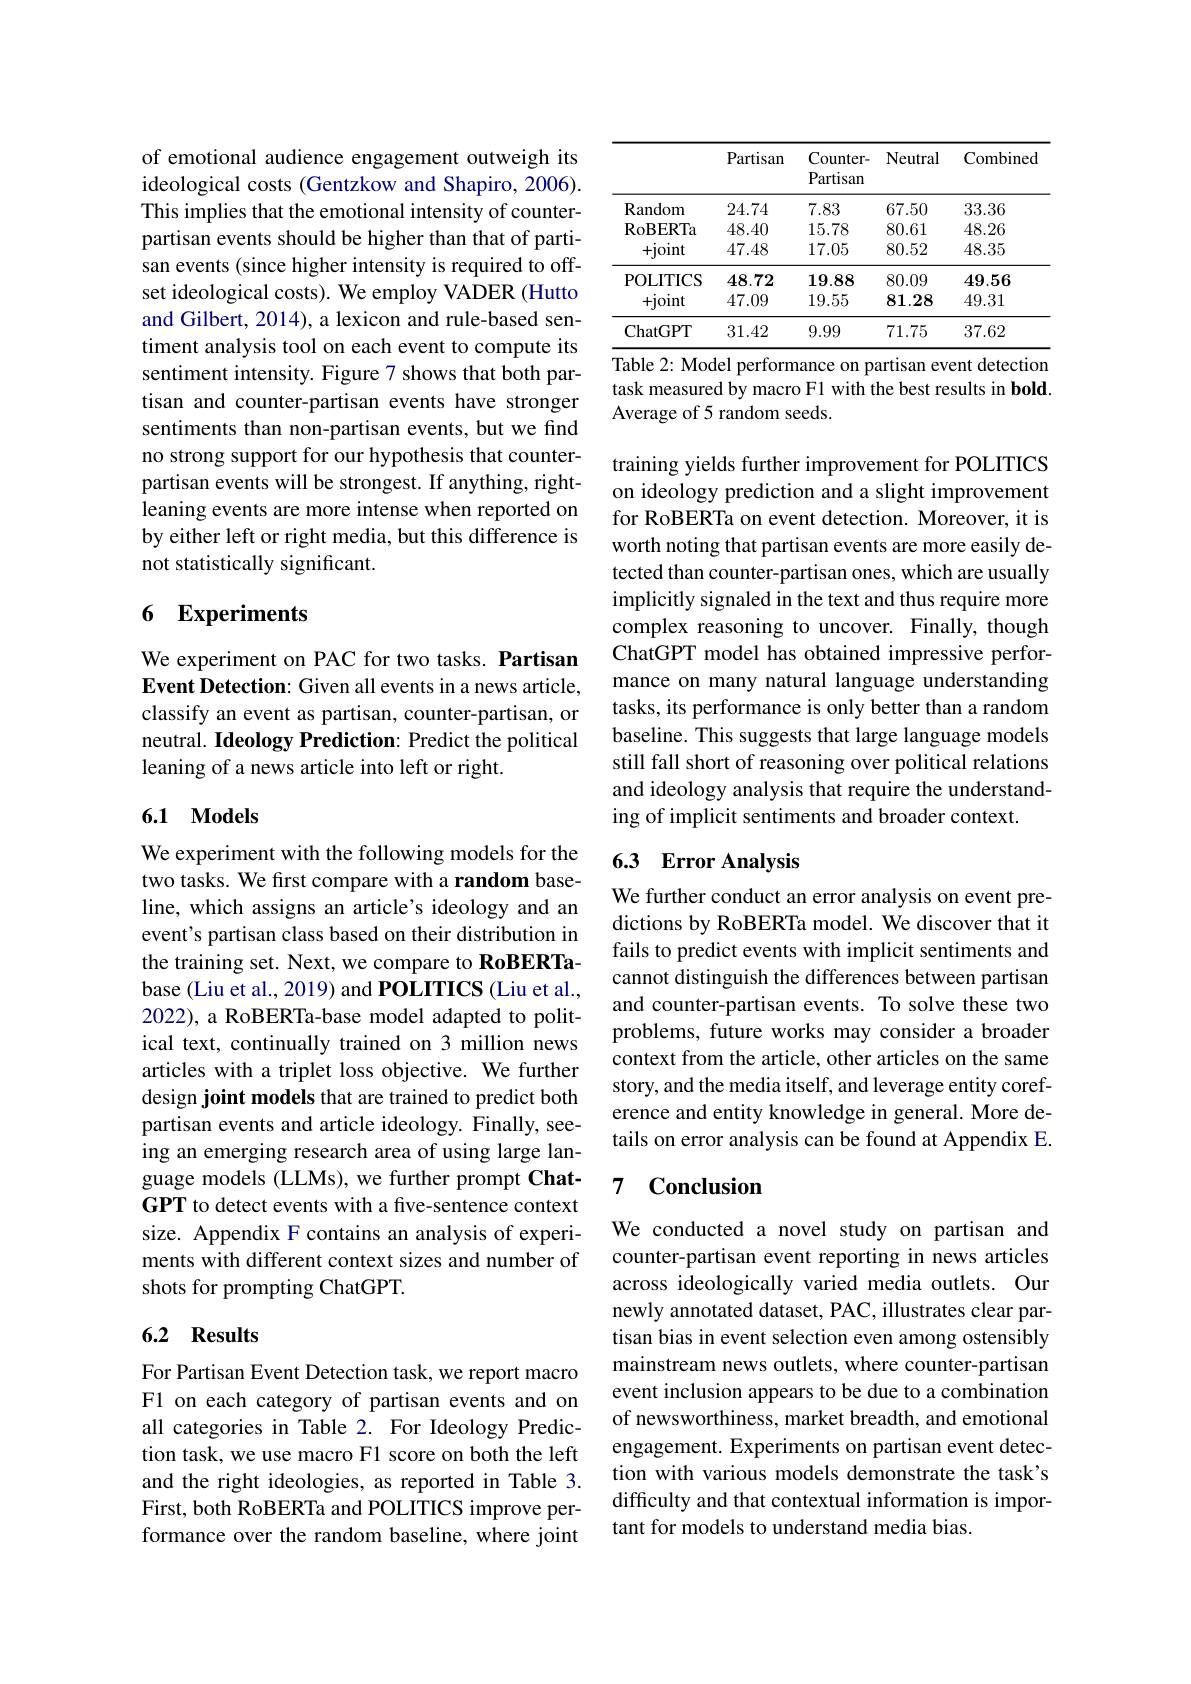
of emotional audience engagement outweigh its ideological costs (Gentzkow and Shapiro, 2006). This implies that the emotional intensity of counterpartisan events should be higher than that of partisan events (since higher intensity is required to offset ideological costs). We employ VADER (Hutto and Gilbert, 2014), a lexicon and rule-based sentiment analysis tool on each event to compute its sentiment intensity. Figure 7 shows that both partisan and counter-partisan events have stronger sentiments than non-partisan events, but we find no strong support for our hypothesis that counterpartisan events will be strongest. If anything, rightleaning events are more intense when reported on by either left or right media, but this difference is not statistically significant.

## 6 Experiments

We experiment on PAC for two tasks. Partisan Event Detection: Given all events in a news article, classify an event as partisan, counter-partisan, or neutral. Ideology Prediction: Predict the political leaning of a news article into left or right.

## 6.1 Models

We experiment with the following models for the two tasks. We first compare with a random baseline, which assigns an article's ideology and an event's partisan class based on their distribution in the training set. Next, we compare to RoBERTabase (Liu et al., 2019) and POLITICS (Liu et al., 2022), a RoBERTa-base model adapted to political text, continually trained on 3 million news articles with a triplet loss objective. We further design joint models that are trained to predict both partisan events and article ideology. Finally, seeing an emerging research area of using large language models (LLMs), we further prompt ChatGPT to detect events with a five-sentence context size. Appendix F contains an analysis of experiments with different context sizes and number of shots for prompting ChatGPT.

## 6.2 Results

For Partisan Event Detection task, we report macro F1 on each category of partisan events and on all categories in Table 2. For Ideology Prediction task, we use macro F1 score on both the left and the right ideologies, as reported in Table 3. First, both RoBERTa and POLITICS improve performance over the random baseline, where joint

<table>
	<tbody>
		<tr>
			<th> </th>
			<th>Partisan</th>
			<th>Counter- Partisan</th>
			<th>Neutral</th>
			<th>Combined</th>
		</tr>
		<tr>
			<td>Random</td>
			<td>24.74</td>
			<td>7.83</td>
			<td>67.50</td>
			<td>33.36</td>
		</tr>
		<tr>
			<td>RoBERTa</td>
			<td>48.40</td>
			<td>15.78</td>
			<td>80.61</td>
			<td>48.26</td>
		</tr>
		<tr>
			<td>+joint</td>
			<td>47.48</td>
			<td>17.05</td>
			<td>80.52</td>
			<td>48.35</td>
		</tr>
		<tr>
			<td>ChatGPT</td>
			<td>31.42</td>
			<td>9.99</td>
			<td>71.75</td>
			<td>37.62</td>
		</tr>
	</tbody>
</table>
Table 2: Model performance on partisan event detection

task measured by macro F1 with the best results in bold.
Average of 5 random seeds.

training yields further improvement for POLITICS on ideology prediction and a slight improvement for RoBERTa on event detection. Moreover, it is worth noting that partisan events are more easily detected than counter-partisan ones, which are usually implicitly signaled in the text and thus require more complex reasoning to uncover. Finally, though ChatGPT model has obtained impressive performance on many natural language understanding tasks, its performance is only better than a random baseline. This suggests that large language models still fall short of reasoning over political relations and ideology analysis that require the understanding of implicit sentiments and broader context.

# 6.3 Error Analysis

We further conduct an error analysis on event predictions by RoBERTa model. We discover that it fails to predict events with implicit sentiments and cannot distinguish the differences between partisan and counter-partisan events. To solve these two problems, future works may consider a broader context from the article, other articles on the same story, and the media itself, and leverage entity coreference and entity knowledge in general. More details on error analysis can be found at Appendix E.

# 7 Conclusion

We conducted a novel study on partisan and counter-partisan event reporting in news articles across ideologically varied media outlets. Our newly annotated dataset, PAC, illustrates clear partisan bias in event selection even among ostensibly mainstream news outlets, where counter-partisan event inclusion appears to be due to a combination of newsworthiness, market breadth, and emotional engagement. Experiments on partisan event detection with various models demonstrate the task's difficulty and that contextual information is important for models to understand media bias